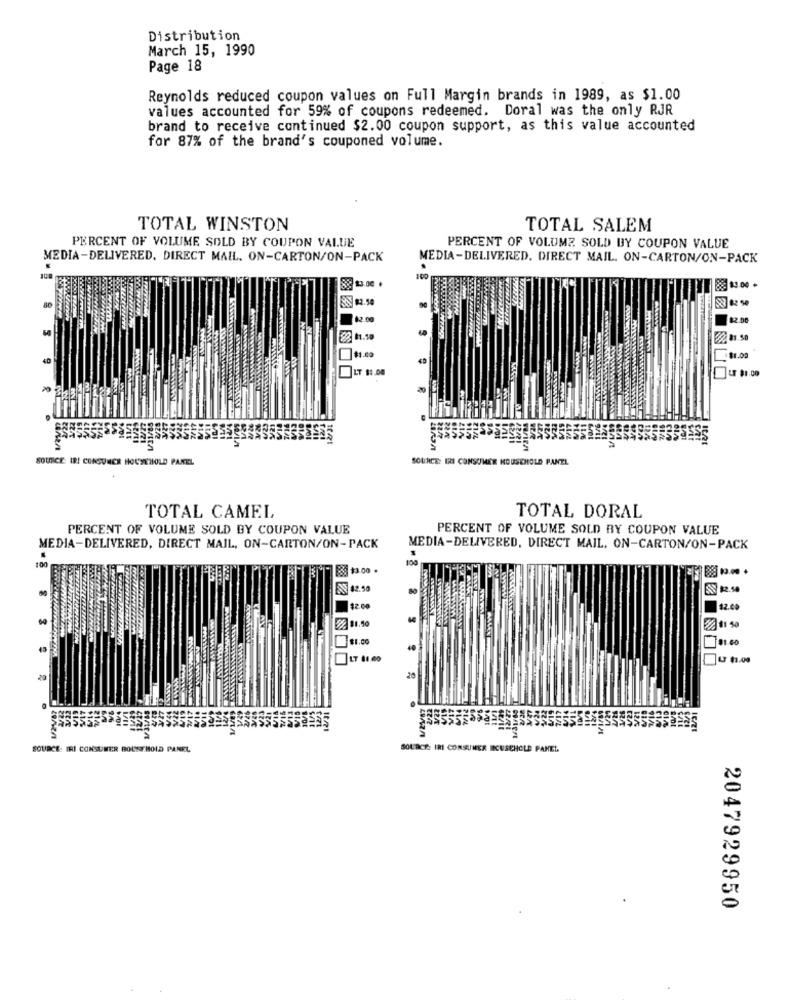
Distribution
March 15, 1990
Page 18
Reynolds reduced coupon values on Full Margin brands in 1989, as $1.00
values accounted for 59% of coupons redeemed. Doral was the only RJR
brand to receive continued $2.00 coupon support, as this value accounted
for 87% of the brand's couponed volume.
TOTAL WINSTON
TOTAL SALEM
PERCENT OF VOLUME SOLD BY COUPON VALUE
PERCENT OF VOLUME SOLD BY COUPON VALUE
MEDIA-DELIVERED, DIRECT MAIL. ON-CARTON/ON-PACK
MEDIA-DELIVERED. DIRECT MAIL. ON-CARTON/ON-PACK
13.00 .
82.00
23 81.50
40
81.00
LT $0.00
LF $1.00
12421
SOURCE IRI CONSUMER HOUSEHOLD PANEL
SOURCE: IRI CONSUMER HOUSEHOLD PANEL
TOTAL CAMEL
TOTAL DORAL
PERCENT OF VOLUME SOLD BY COUPON VALUE
PERCENT OF VOLUME SOLD BY COUPON VALUE
MEDIA-DELIVERED, DIRECT MAIL, ON-CARTON/ON-PACK
MEDIA-DELIVERED, DIRECT MAIL, ON-CARTON/ON-PACK
100
33 $3.00 .
42.50
$2.00
LT 81.00
20
SOURCE: IRI CONSUMER HOUSEHOLD PANEL
SOURCE: IRI CONSUMER ICUSCHOLE PANEL
2047929950